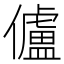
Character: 𠐳